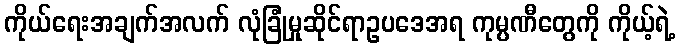
ကိုယ်ရေးအချက်အလက် လုံခြုံမှုဆိုင်ရာဥပဒေအရ ကုမ္ပဏီတွေကို ကိုယ့်ရဲ့